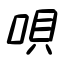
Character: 唄